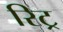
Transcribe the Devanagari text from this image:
रिट्र